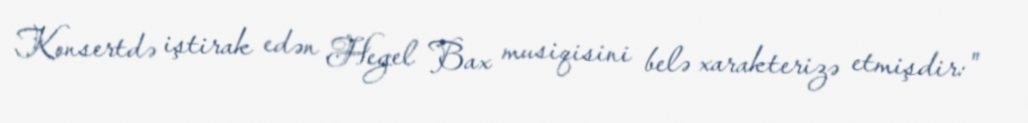
Konsertdə iştirak edən Hegel Bax musiqisini belə xarakterizə etmişdir:"